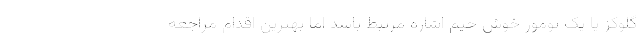
گلوکز یا یک تومور خوش خیم اشاره مرتبط باشد اما بهترین اقدام مراجعه